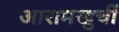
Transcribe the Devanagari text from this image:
आरामखुर्ची